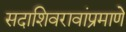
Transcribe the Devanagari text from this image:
सदाशिवरावांप्रमाणेे